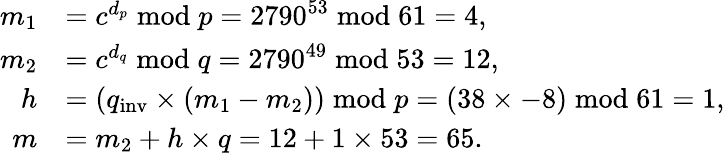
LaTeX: {\begin{array}{rl}{m_{1}}&{=c^{d_{p}}{\bmod{p}}=2790^{53}{\bmod{6}}1=4,}\\ {m_{2}}&{=c^{d_{q}}{\bmod{q}}=2790^{49}{\bmod{5}}3=12,}\\ {h}&{=(q_{\mathrm{inv}}\times(m_{1}-m_{2})){\bmod{p}}=(38\times-8){\bmod{6}}1=1,}\\ {m}&{=m_{2}+h\times q=12+1\times 53=65.}\end{array}}